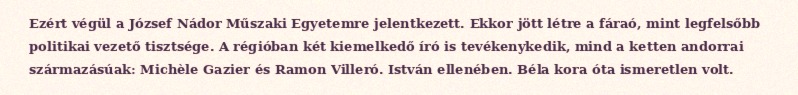
Ezért végül a József Nádor Műszaki Egyetemre jelentkezett. Ekkor jött létre a fáraó, mint legfelsőbb politikai vezető tisztsége. A régióban két kiemelkedő író is tevékenykedik, mind a ketten andorrai származásúak: Michèle Gazier és Ramon Villeró. István ellenében. Béla kora óta ismeretlen volt.